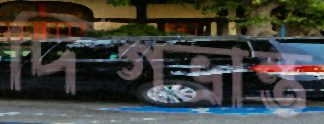
দিগভ্রান্ত